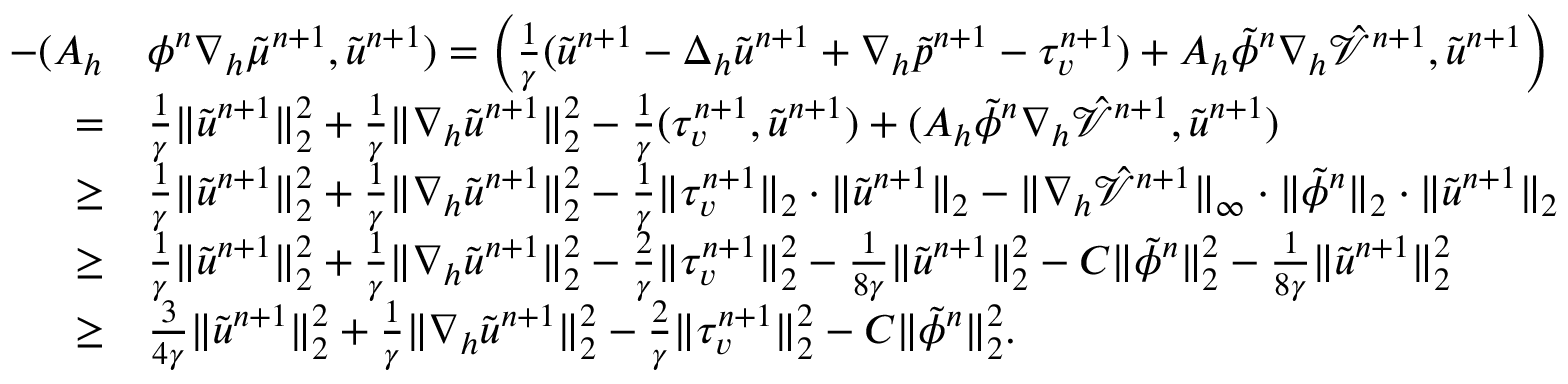
\begin{array} { r l } { - ( A _ { h } } & { \phi ^ { n } \nabla _ { h } \tilde { \mu } ^ { n + 1 } , \tilde { \boldsymbol { u } } ^ { n + 1 } ) = \left( \frac { 1 } { \gamma } ( \tilde { \boldsymbol { u } } ^ { n + 1 } - \Delta _ { h } \tilde { \boldsymbol { u } } ^ { n + 1 } + \nabla _ { h } \tilde { p } ^ { n + 1 } - \tau _ { v } ^ { n + 1 } ) + A _ { h } \tilde { \phi } ^ { n } \nabla _ { h } \hat { \mathcal { V } } ^ { n + 1 } , \tilde { \boldsymbol { u } } ^ { n + 1 } \right) } \\ { = } & { \frac { 1 } { \gamma } \| \tilde { \boldsymbol { u } } ^ { n + 1 } \| _ { 2 } ^ { 2 } + \frac { 1 } { \gamma } \| \nabla _ { h } \tilde { \boldsymbol { u } } ^ { n + 1 } \| _ { 2 } ^ { 2 } - \frac { 1 } { \gamma } ( \tau _ { v } ^ { n + 1 } , \tilde { \boldsymbol { u } } ^ { n + 1 } ) + ( A _ { h } \tilde { \phi } ^ { n } \nabla _ { h } \hat { \mathcal { V } } ^ { n + 1 } , \tilde { \boldsymbol { u } } ^ { n + 1 } ) } \\ { \geq } & { \frac { 1 } { \gamma } \| \tilde { \boldsymbol { u } } ^ { n + 1 } \| _ { 2 } ^ { 2 } + \frac { 1 } { \gamma } \| \nabla _ { h } \tilde { \boldsymbol { u } } ^ { n + 1 } \| _ { 2 } ^ { 2 } - \frac { 1 } { \gamma } \| \tau _ { v } ^ { n + 1 } \| _ { 2 } \cdot \| \tilde { \boldsymbol { u } } ^ { n + 1 } \| _ { 2 } - \| \nabla _ { h } \hat { \mathcal { V } } ^ { n + 1 } \| _ { \infty } \cdot \| \tilde { \phi } ^ { n } \| _ { 2 } \cdot \| \tilde { \boldsymbol { u } } ^ { n + 1 } \| _ { 2 } } \\ { \geq } & { \frac { 1 } { \gamma } \| \tilde { \boldsymbol { u } } ^ { n + 1 } \| _ { 2 } ^ { 2 } + \frac { 1 } { \gamma } \| \nabla _ { h } \tilde { \boldsymbol { u } } ^ { n + 1 } \| _ { 2 } ^ { 2 } - \frac { 2 } { \gamma } \| \tau _ { v } ^ { n + 1 } \| _ { 2 } ^ { 2 } - \frac { 1 } { 8 \gamma } \| \tilde { \boldsymbol { u } } ^ { n + 1 } \| _ { 2 } ^ { 2 } - C \| \tilde { \phi } ^ { n } \| _ { 2 } ^ { 2 } - \frac { 1 } { 8 \gamma } \| \tilde { \boldsymbol { u } } ^ { n + 1 } \| _ { 2 } ^ { 2 } } \\ { \geq } & { \frac { 3 } { 4 \gamma } \| \tilde { \boldsymbol { u } } ^ { n + 1 } \| _ { 2 } ^ { 2 } + \frac { 1 } { \gamma } \| \nabla _ { h } \tilde { \boldsymbol { u } } ^ { n + 1 } \| _ { 2 } ^ { 2 } - \frac { 2 } { \gamma } \| \tau _ { v } ^ { n + 1 } \| _ { 2 } ^ { 2 } - C \| \tilde { \phi } ^ { n } \| _ { 2 } ^ { 2 } . } \end{array}